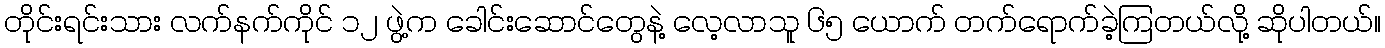
တိုင်းရင်းသား လက်နက်ကိုင် ၁၂ ဖွဲ့က ခေါင်းဆောင်တွေနဲ့ လေ့လာသူ ၆၅ ယောက် တက်ရောက်ခဲ့ကြတယ်လို့ ဆိုပါတယ်။